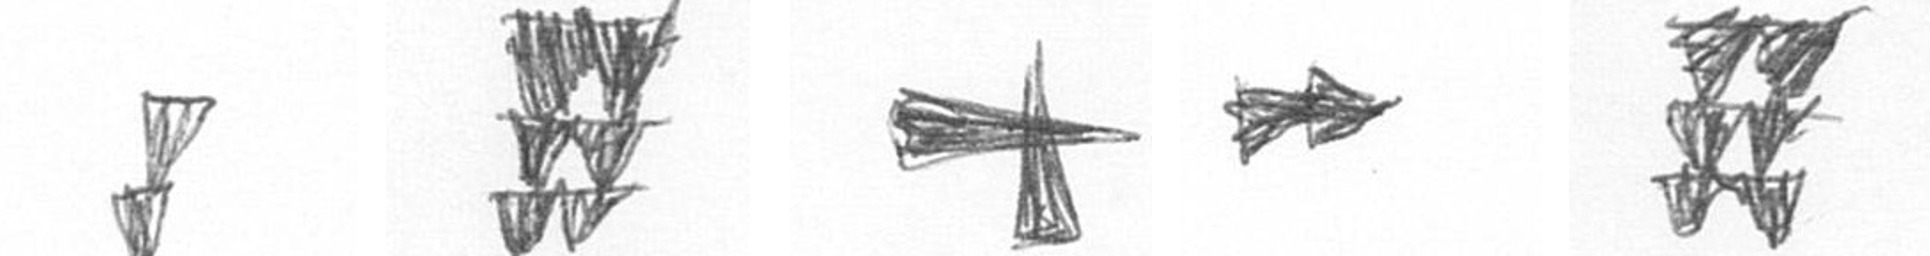
Z Y G A Y